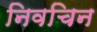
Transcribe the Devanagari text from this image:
निवचिन